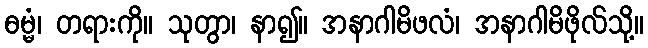
ဓမ္မံ၊ တရားကို။ သုတွာ၊ နာ၍။ အနာဂါမိဖလံ၊ အနာဂါမိဖိုလ်သို့။